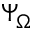
\Psi _ { \Omega }